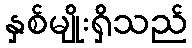
နှစ်မျိုးရှိသည်